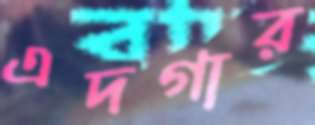
এদগার